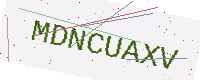
Text: MDNCUAXV